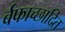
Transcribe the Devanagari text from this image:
र्बफाच्छादित